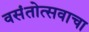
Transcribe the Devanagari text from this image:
वसंतोत्सवाचा